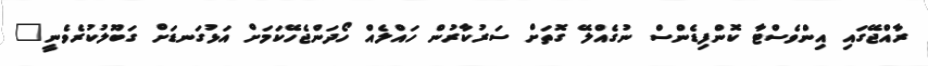
ރާއްޖޭގައި އިންވެސްޓާ ކޮންފިޑެންސް ނުގެއްލޭ ގޮތަށް ސަރުކާރުން ހައްލެއް ހޯދަންޖެހޭކަމަށް އަޅުގަނޑަށް ގަބޫލުކުރެވެނީ"